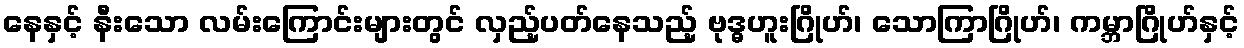
နေနှင့် နီးသော လမ်းကြောင်းများတွင် လှည့်ပတ်နေသည့် ဗုဒ္ဓဟူးဂြိုဟ်၊ သောကြာဂြိုဟ်၊ ကမ္ဘာဂြိုဟ်နှင့်